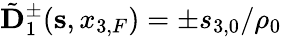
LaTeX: \tilde{\mathbf D}_{1}^{\pm}({{\mathbf s}},x_{3,F})=\pm{s_{3,0}}/{\rho_{0}}